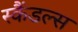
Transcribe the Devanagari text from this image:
स्‍कैंडल्‍स